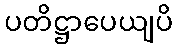
ပတိဋ္ဌာပေယျပိ